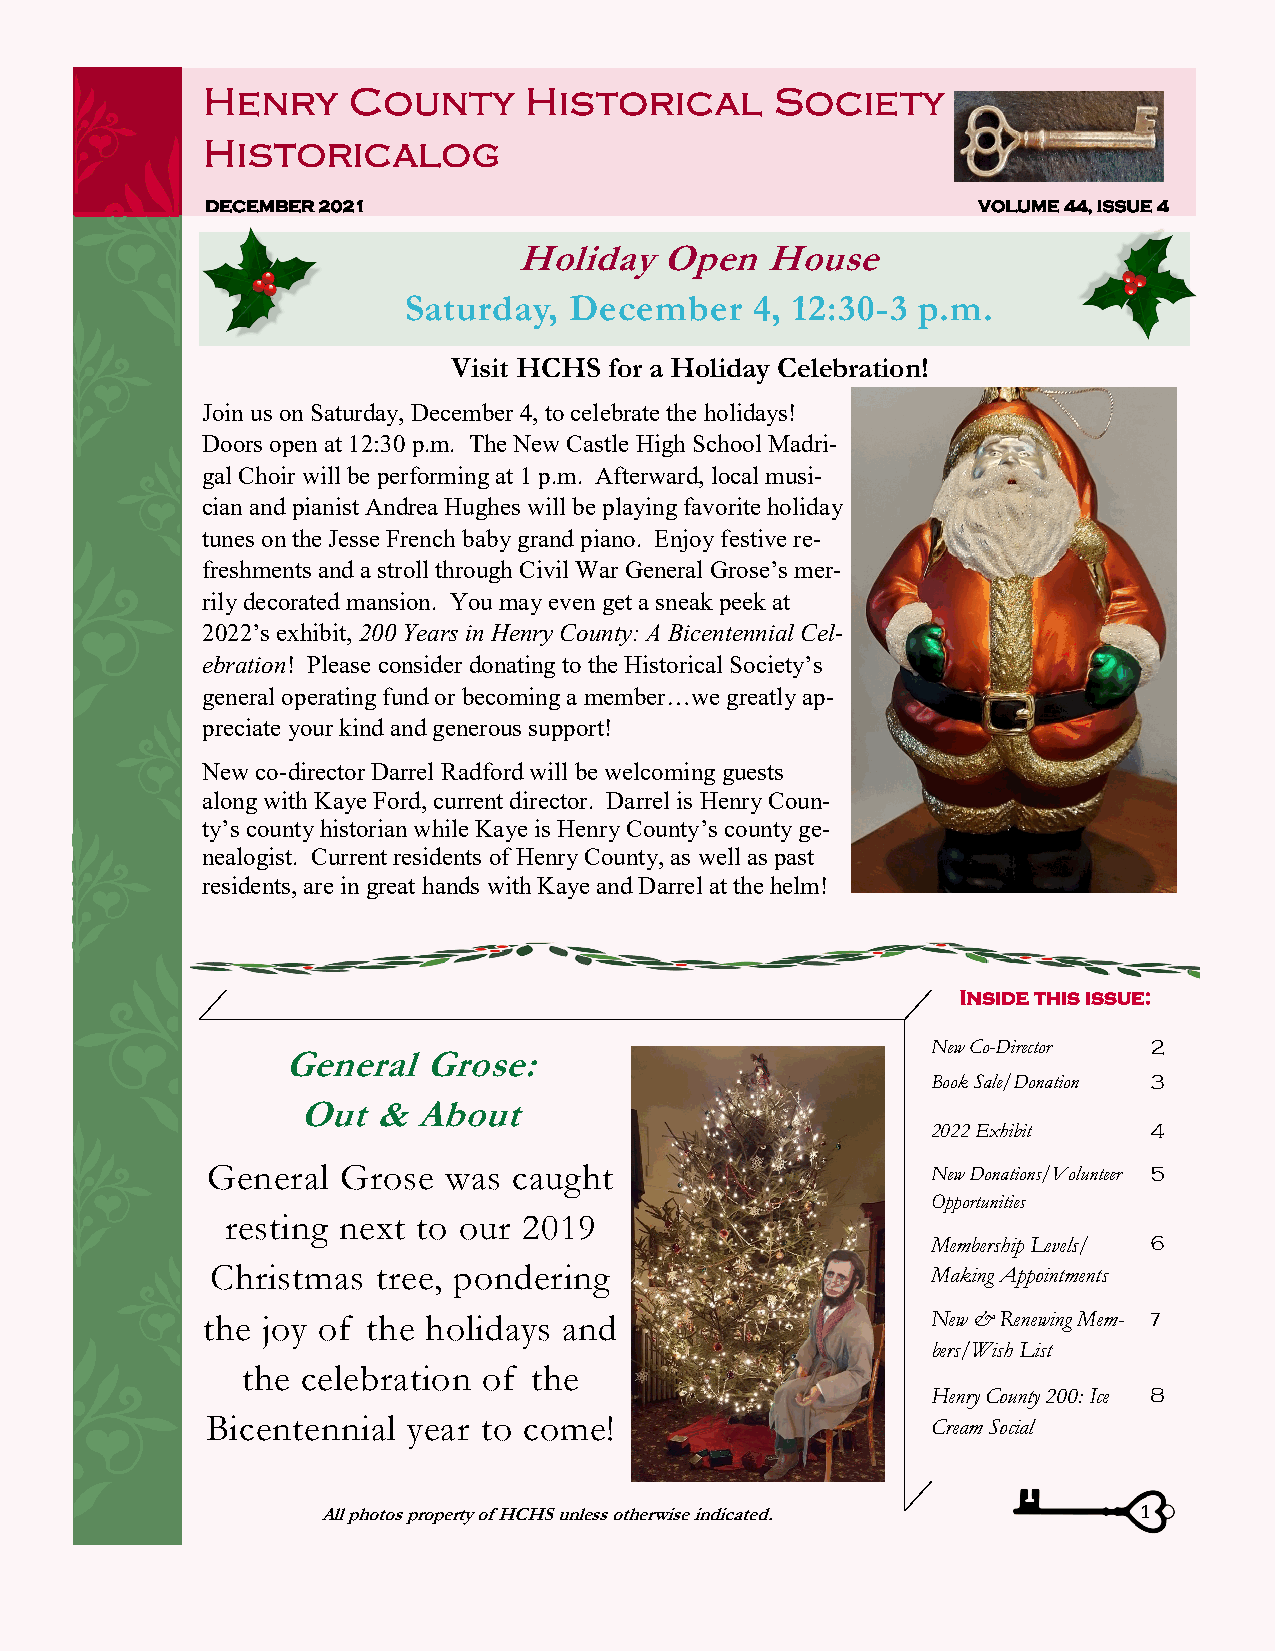
Henry     County      Historical      Society
 Historicalog
 DECEMBER 2021                                      VOLUME 44, ISSUE 4
 Holiday   Open   House
 Saturday,  December    4, 12:30-3 p.m.
 Visit HCHS for a Holiday Celebration!
 Join us on Saturday, December 4, to celebrate the holidays!
 Doors open at 12:30 p.m. The New Castle High School Madri-
 gal Choir will be performing at 1 p.m. Afterward, local musi-
 cian and pianist Andrea Hughes will be playing favorite holiday
 tunes on the Jesse French baby grand piano. Enjoy festive re-
 freshments and a stroll through Civil War General Grose’s mer-
 rily decorated mansion. You may even get a sneak peek at
 2022’s exhibit, 200 Years in Henry County: A Bicentennial Cel-
 ebration! Please consider donating to the Historical Society’s
 general operating fund or becoming a member…we greatly ap-
 preciate your kind and generous support!
 New co-director Darrel Radford will be welcoming guests
 along with Kaye Ford, current director. Darrel is Henry Coun-
 ty’s county historian while Kaye is Henry County’s county ge-
 nealogist. Current residents of Henry County, as well as past
 residents, are in great hands with Kaye and Darrel at the helm!
 Inside this issue:
 New Co-Director 2
 General  Grose:
 Book Sale/Donation 3
 Out  & About
 2022 Exhibit  4
 General  Grose was  caught                      New Donations/Volunteer 5
 Opportunities
 resting next to our 2019
 Membership Levels/ 6
 Christmas  tree, pondering                      Making Appointments
 the joy of the holidays and                      New & Renewing Mem- 7
 bers/Wish List
 the celebration of the
 Henry County 200: Ice 8
 Bicentennial year to come!                      Cream Social
 All photos property of HCHS unless otherwise indicated. 1